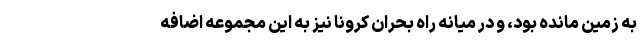
به زمین مانده بود، و در میانه راه بحران کرونا نیز به این مجموعه اضافه